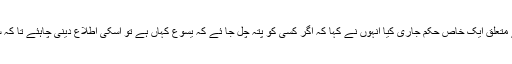
” 57 لیکن سردار کاہنوں اور فریسیوں نے یسوع کے متعلق ایک خاص حکم جاری کیا انہوں نے کہا کہ اگر کسی کو پتہ چل جا ئے کہ یسوع کہاں ہے تو اسکی اطلاع دینی چاہئے تا کہ سبھی سردار کا ہن اور فریسی اسکو گرفتار کر سکیں۔